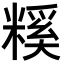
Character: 𥻺